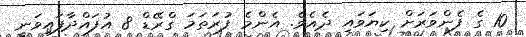
10 ގެ ފެންވަރަށް ކިޔަވައި ދެއެވެ. އެންމެ ފުރަތަމަ ގްރޭޑް 8 އުފައްދާފައިވަނީ